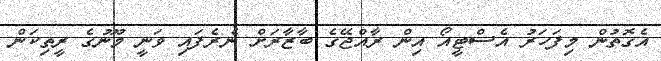
އެގޮތުން މިފަހަރު އެސްޓީއޯ އިން ރާއްޖޭގެ ބާޒާރަށް ނެރެފައި ވަނީ މޫނުގެ ރީތިކަން